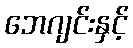
ဘေဂျင်းနှင့်